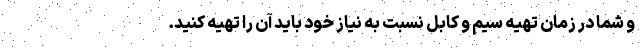
و شما در زمان تهیه سیم و کابل نسبت به نیاز خود باید آن را تهیه کنید.